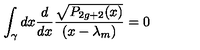
\int _ { \gamma } d x { \frac { d } { d x } } { \frac { \sqrt { P _ { 2 g + 2 } ( x ) } } { ( x - \lambda _ { m } ) } } = 0